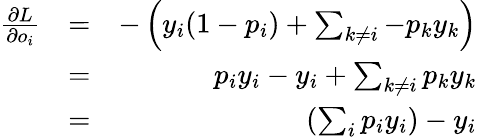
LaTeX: \begin{array}{rlr}{\frac{\partial L}{\partial o_{i}}}&{=}&{-\left(y_{i}(1-p_{i})+\sum_{k\neq i}-p_{k}y_{k}\right)}\\ &{=}&{p_{i}y_{i}-y_{i}+\sum_{k\neq i}p_{k}y_{k}}\\ &{=}&{\left(\sum_{i}p_{i}y_{i}\right)-y_{i}}\end{array}